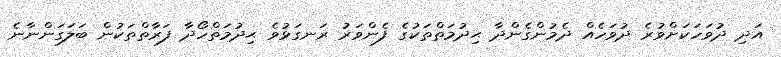
އަދި ދުވަހަކަށްވުރެ ދުވަހެއް ދެމުންގެންދާ ޙިދުމަތްތަކުގެ ފެންވަރު ރަނގަޅުވެ ޙިދުމަތްހޯދާ ފަރާތްތަކުން ބަލަގަންނާނެ